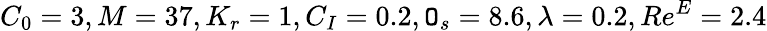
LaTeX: C_{0}=3,M=37,K_{r}=1,C_{I}=0.2,\mathtt{O}_{s}=8.6,\lambda=0.2,Re^{E}=2.4